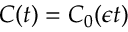
C ( t ) = C _ { 0 } ( \epsilon t )